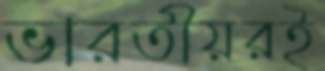
ভারতীয়রই